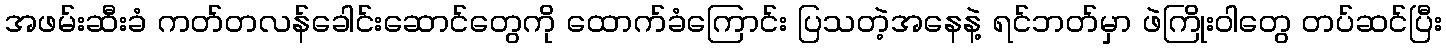
အဖမ်းဆီးခံ ကတ်တလန်ခေါင်းဆောင်တွေကို ထောက်ခံကြောင်း ပြသတဲ့အနေနဲ့ ရင်ဘတ်မှာ ဖဲကြိုးဝါတွေ တပ်ဆင်ပြီး